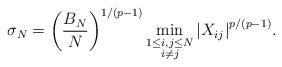
LaTeX: \begin{align*} {\sigma_N} = \left(\frac{B_N}{N}\right)^{1/(p-1)} \min_{\substack{1\leq i,j\leq N\\ i\neq j}} {\left|X_{ij}\right|^{p/(p-1)}}.\end{align*}